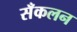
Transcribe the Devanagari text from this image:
सँकलन